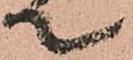
て